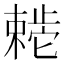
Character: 𬆊